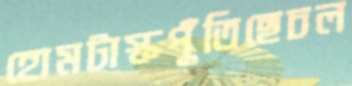
হোমটাস্কপুঁতিছেচল